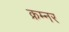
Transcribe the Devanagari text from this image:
क्रम्नर